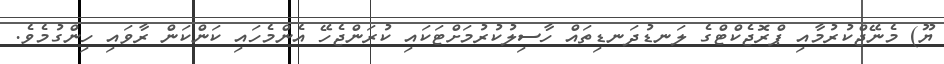
ޔޫ) މެނޭޖްކުރުމާއި ޕްރޮޖެކްޓްގެ ލަނޑުދަނޑިތައް ހާސިލުކުރުމަށްޓަކައި ކުރަންޖެހޭ އެންމެހައި ކަންކަން ރާވައި ހިންގުމެވެ.